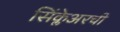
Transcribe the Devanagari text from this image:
सिंक्लेअरची